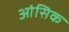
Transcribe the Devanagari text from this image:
आंसिक